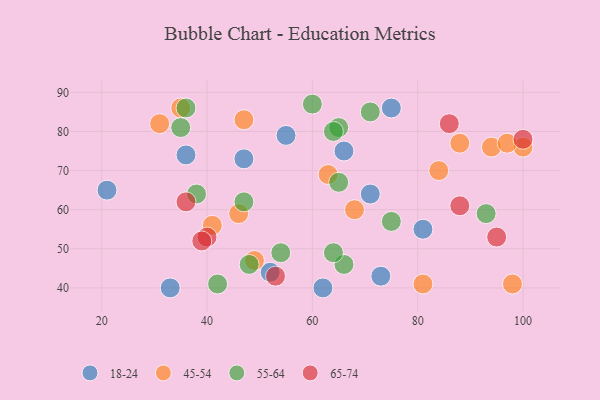
{"axis": {"x": "GDP", "y": "Life Expectancy"}, "legend": ["18-24", "45-54", "55-64", "65-74"], "data": [{"x": "73", "y": 43, "type": "18-24"}, {"x": "52", "y": 44, "type": "18-24"}, {"x": "21", "y": 65, "type": "18-24"}, {"x": "36", "y": 74, "type": "18-24"}, {"x": "71", "y": 64, "type": "18-24"}, {"x": "62", "y": 40, "type": "18-24"}, {"x": "75", "y": 86, "type": "18-24"}, {"x": "47", "y": 73, "type": "18-24"}, {"x": "66", "y": 75, "type": "18-24"}, {"x": "33", "y": 40, "type": "18-24"}, {"x": "81", "y": 55, "type": "18-24"}, {"x": "55", "y": 79, "type": "18-24"}, {"x": "81", "y": 41, "type": "45-54"}, {"x": "47", "y": 83, "type": "45-54"}, {"x": "46", "y": 59, "type": "45-54"}, {"x": "35", "y": 86, "type": "45-54"}, {"x": "98", "y": 41, "type": "45-54"}, {"x": "31", "y": 82, "type": "45-54"}, {"x": "63", "y": 69, "type": "45-54"}, {"x": "94", "y": 76, "type": "45-54"}, {"x": "68", "y": 60, "type": "45-54"}, {"x": "100", "y": 76, "type": "45-54"}, {"x": "49", "y": 47, "type": "45-54"}, {"x": "88", "y": 77, "type": "45-54"}, {"x": "41", "y": 56, "type": "45-54"}, {"x": "97", "y": 77, "type": "45-54"}, {"x": "84", "y": 70, "type": "45-54"}, {"x": "38", "y": 64, "type": "55-64"}, {"x": "60", "y": 87, "type": "55-64"}, {"x": "54", "y": 49, "type": "55-64"}, {"x": "35", "y": 81, "type": "55-64"}, {"x": "66", "y": 46, "type": "55-64"}, {"x": "71", "y": 85, "type": "55-64"}, {"x": "65", "y": 81, "type": "55-64"}, {"x": "48", "y": 46, "type": "55-64"}, {"x": "93", "y": 59, "type": "55-64"}, {"x": "65", "y": 67, "type": "55-64"}, {"x": "47", "y": 62, "type": "55-64"}, {"x": "42", "y": 41, "type": "55-64"}, {"x": "36", "y": 86, "type": "55-64"}, {"x": "75", "y": 57, "type": "55-64"}, {"x": "64", "y": 49, "type": "55-64"}, {"x": "64", "y": 80, "type": "55-64"}, {"x": "86", "y": 82, "type": "65-74"}, {"x": "95", "y": 53, "type": "65-74"}, {"x": "88", "y": 61, "type": "65-74"}, {"x": "40", "y": 53, "type": "65-74"}, {"x": "100", "y": 78, "type": "65-74"}, {"x": "53", "y": 43, "type": "65-74"}, {"x": "39", "y": 52, "type": "65-74"}, {"x": "36", "y": 62, "type": "65-74"}]}